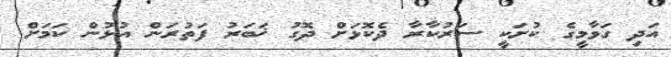
އަދި ގަވާމީގެ ކުށަކީ ސަރުކާރާ ދެކޮޅަށް ދޮގު ޚަބަރު ފަތުރަން އުޅުން ކަމަށް